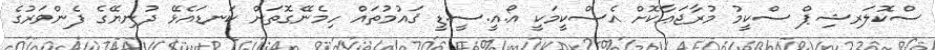
ސްކޮލަރޝިޕް ސްކީމު މުރާޖަޢާކޮށް އެސްކީމަކީ އޯ.އީ.ސީ.ޑީ ޤައުމުތައް ހިމެނޭގޮތަށް ކަނޑައެޅޭ ދުނިޔޭގެ ފެންވަރުގެ